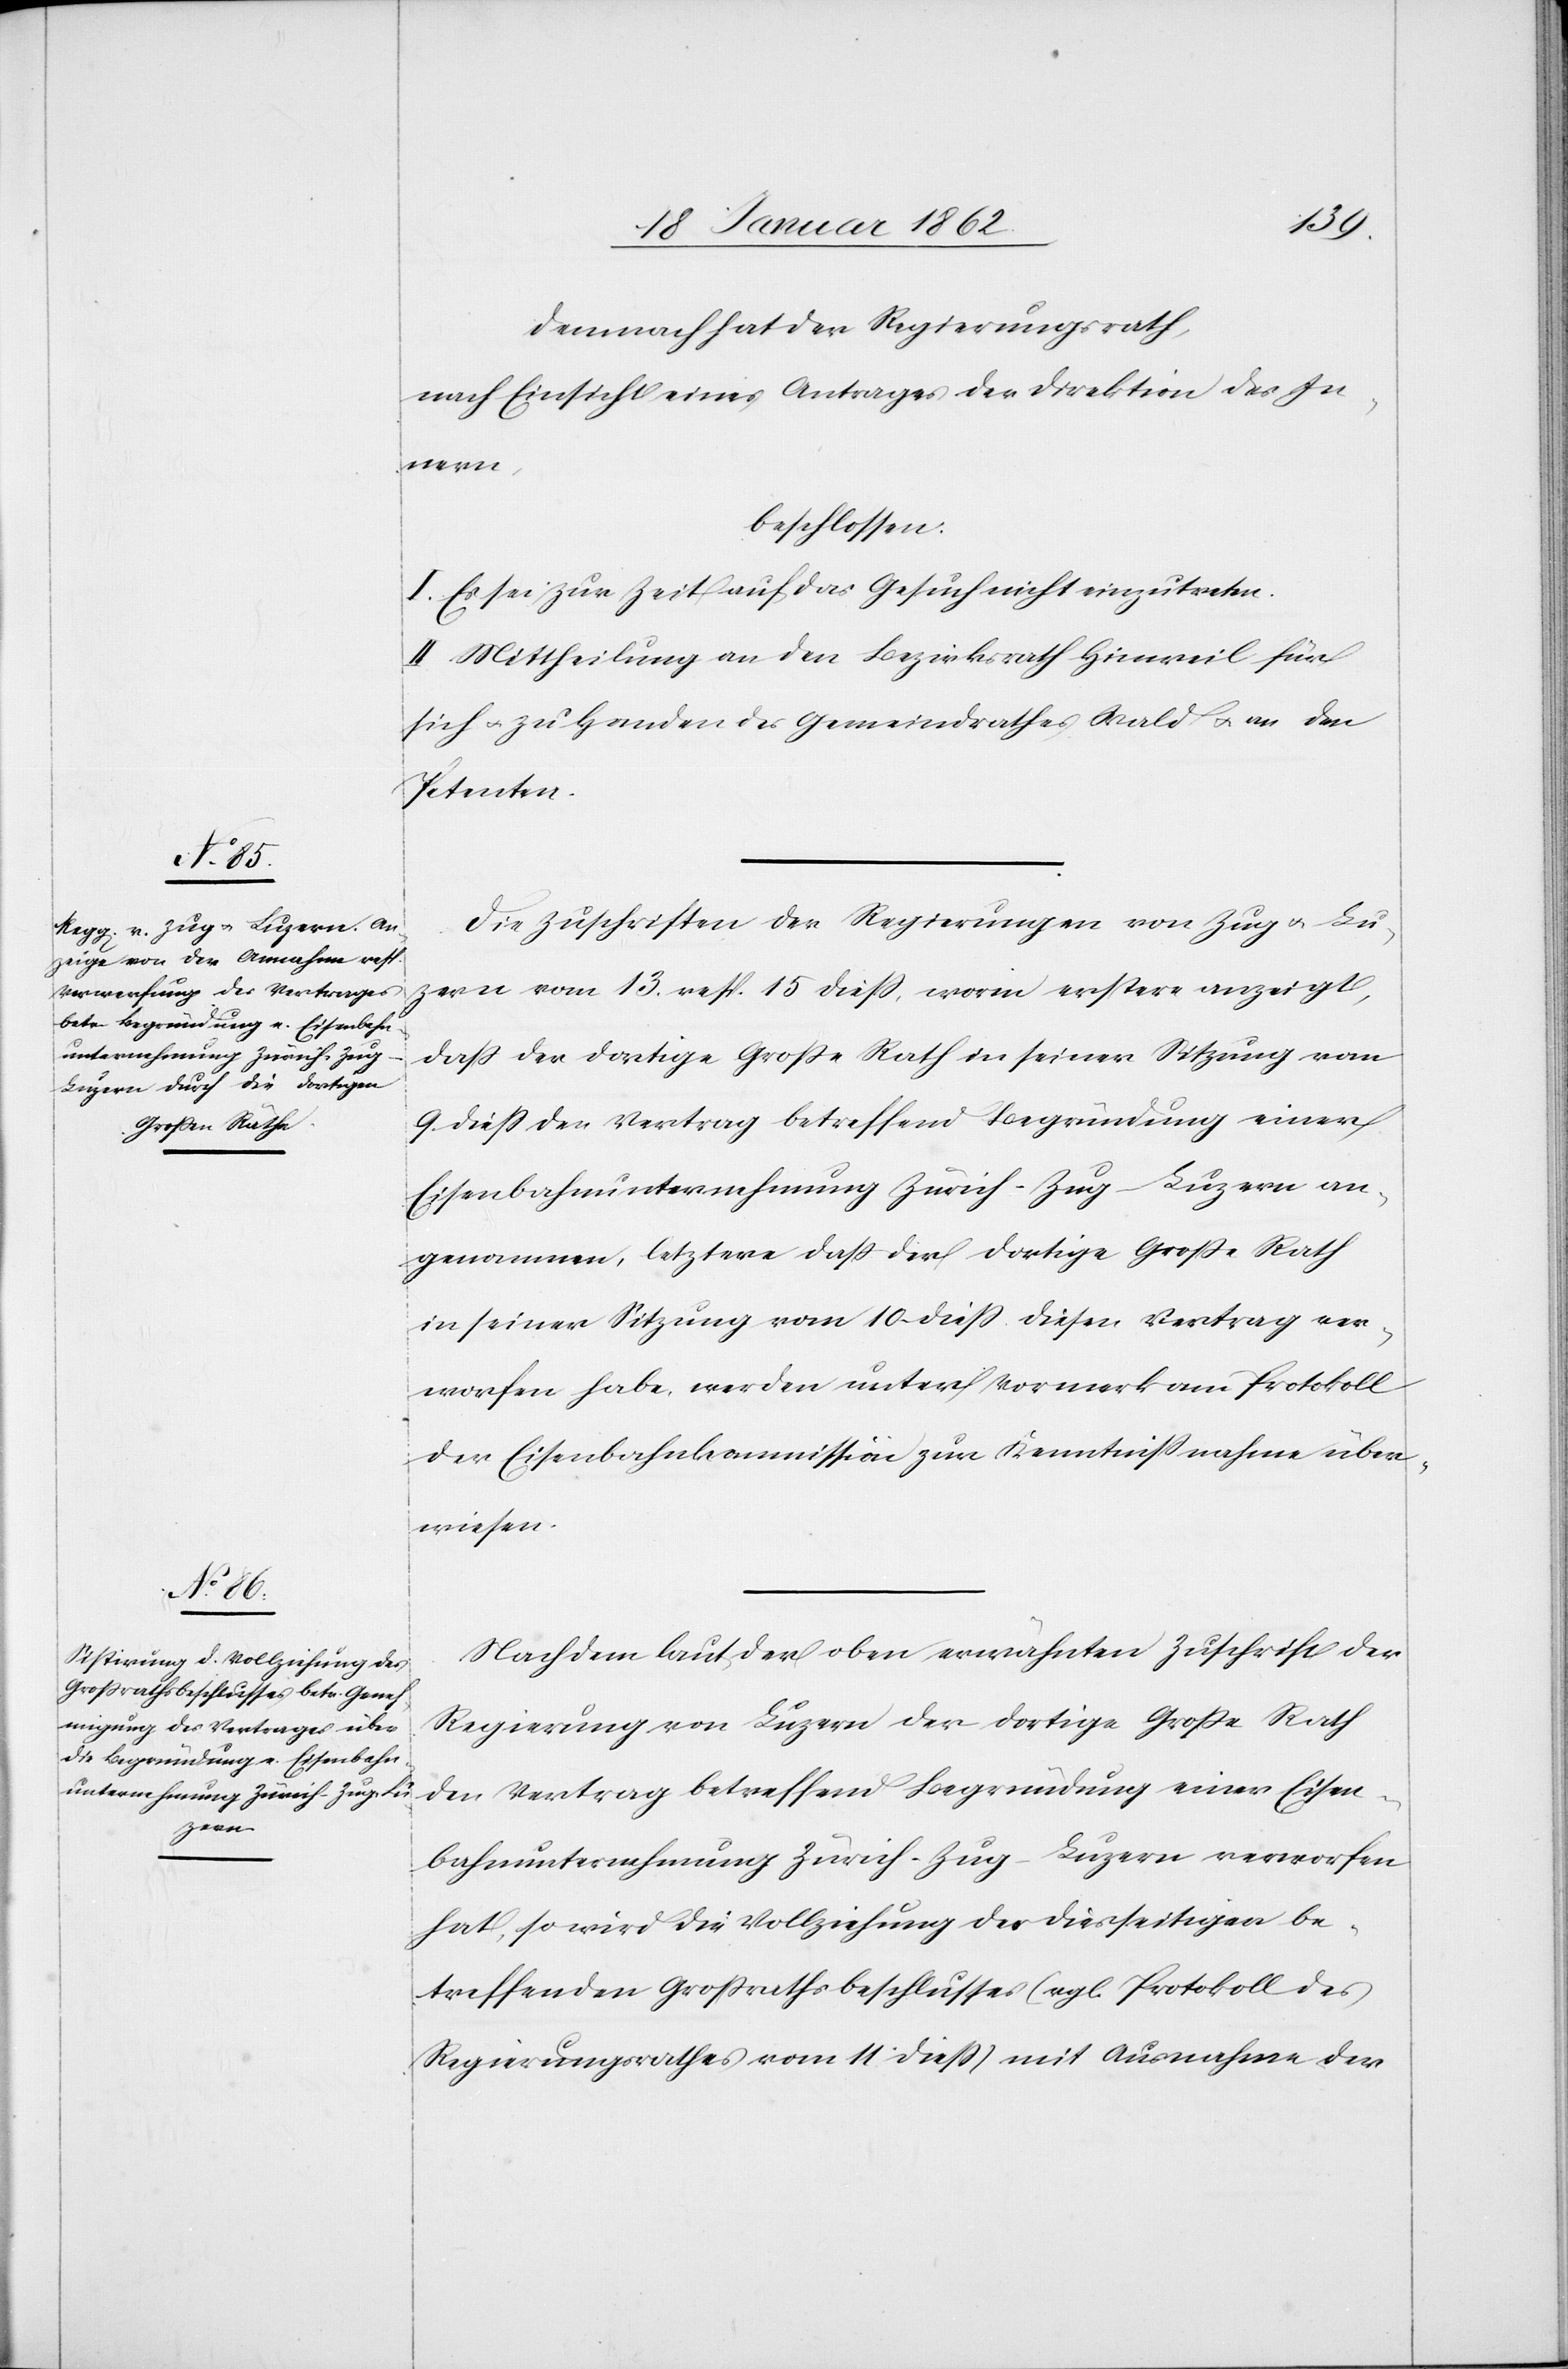
Demnach hat der Regierungsrath,
nach Einsicht eines Antrages der Direktion des In¬
nern,
beschlossen:
I. Es sei zur Zeit auf das Gesuch nicht einzutreten.
II. Mittheilung an den Bezirksrath Hinweil für
sich u. zu Handen des Gemeindrathes Wald u. an den
Petenten.
Die Zuschriften der Regierungen von Zug u. Lu¬
zern vom 13. resp. 15 dieß, worin erstere anzeigt,
daß der dortige Große Rath in seiner Sitzung vom
9. dieß den Vertrag betreffend Begründung einer
Eisenbahnunternehmung Zürich-Zug-Luzern an¬
genommen, letztere daß der dortige Große Rath
in seiner Sitzung vom 10. dieß diesen Vertrag ver¬
worfen habe, werden unter Vormerk am Protokoll
der Eisenbahnkommisson zur Kenntnißnahme über¬
wiesen.
Nachdem laut der oben erwähnten Zuschrift der
Regierung von Luzern der dortige Große Rath
den Vertrag betreffend Begründung einer Eisen¬
bahnunternehmung Zürich-Zug-Luzern verworfen
hat, so wird die Vollziehung des diesseitigen be¬
treffenden Großrathsbeschlusses (vgl. Protokoll des
Regierungsrathes vom 11. dieß) mit Ausnahme der